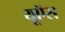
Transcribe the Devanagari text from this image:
यूऍस